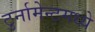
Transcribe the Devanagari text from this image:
टुर्नामेन्टमध्ये